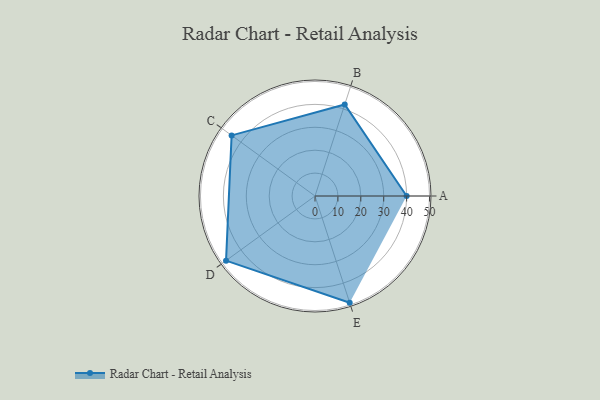
{"axis": {"x": "Skill", "y": "Score"}, "legend": ["Profile"], "data": [{"x": "A", "y": 40.0, "type": "Profile"}, {"x": "B", "y": 42.0, "type": "Profile"}, {"x": "C", "y": 45.0, "type": "Profile"}, {"x": "D", "y": 48.0, "type": "Profile"}, {"x": "E", "y": 49.0, "type": "Profile"}]}